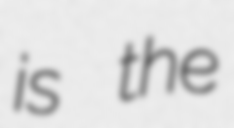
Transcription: is the